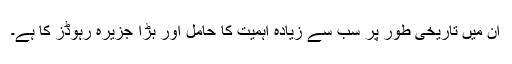
ان میں تاریخی طور پر سب سے زیادہ اہمیت کا حامل اور بڑا جزیرہ رہوڈز کا ہے۔